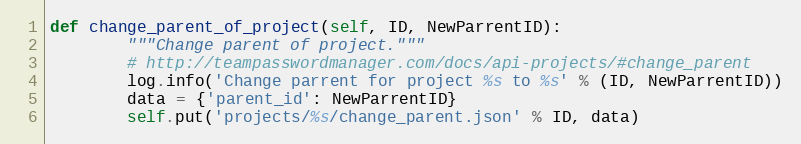
Language: Python
def change_parent_of_project(self, ID, NewParrentID):
        """Change parent of project."""
        # http://teampasswordmanager.com/docs/api-projects/#change_parent
        log.info('Change parrent for project %s to %s' % (ID, NewParrentID))
        data = {'parent_id': NewParrentID}
        self.put('projects/%s/change_parent.json' % ID, data)